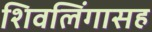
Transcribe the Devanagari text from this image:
शिवलिंगासह